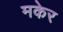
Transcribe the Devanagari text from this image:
मकेर